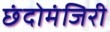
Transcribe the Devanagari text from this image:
छंदोमंजिरी